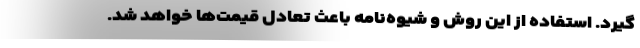
گیرد. استفاده از این روش و شیوه‌نامه باعث تعادل قیمت‌ها خواهد شد.